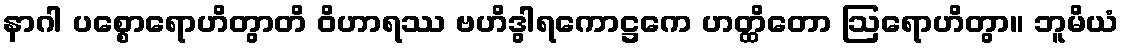
နာဂါ ပစ္စောရောဟိတွာတိ ဝိဟာရဿ ဗဟိဒွါရကောဋ္ဌကေ ဟတ္ထိတော ဩရောဟိတွာ။ ဘူမိယံ